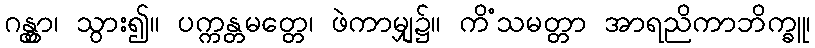
ဂန္တွာ၊ သွား၍။ ပက္ကန္တမတ္တေ၊ ဖဲကာမျှ၌။ ကိံသမတ္တာ အာရညိကာဘိက္ခူ၊